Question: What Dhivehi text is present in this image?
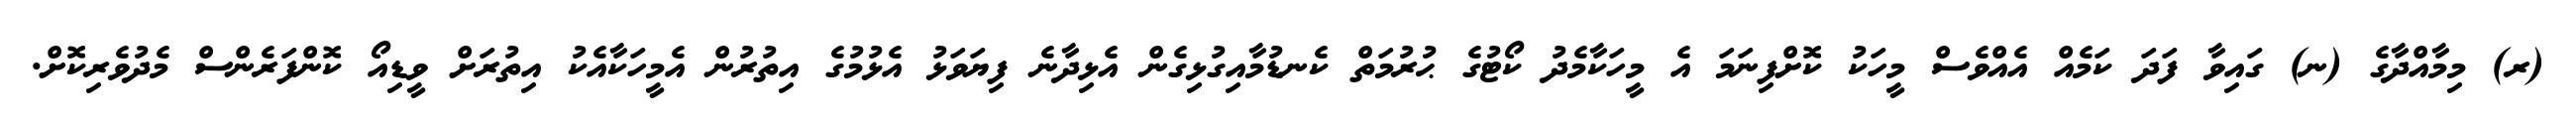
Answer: (ރ) މިމާއްދާގެ (ނ) ގައިވާ ފަދަ ކަމެއް އެއްވެސް މީހަކު ކޮށްފިނަމަ އެ މީހަކާމެދު ކޯޓުގެ ޙުރުމަތް ކެނޑުމާއިގުޅިގެން އެޅިދާނެ ފިޔަވަޅު އެޅުމުގެ އިތުރުން އެމީހަކާއެކު އިތުރަށް ވީޑިއޯ ކޮންފަރެންސް މެދުވެރިކޮށް.